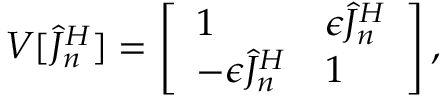
V [ \hat { J } _ { n } ^ { H } ] = \left[ \begin{array} { l l } { 1 } & { \epsilon \hat { J } _ { n } ^ { H } } \\ { - \epsilon \hat { J } _ { n } ^ { H } } & { 1 } \end{array} \right] ,